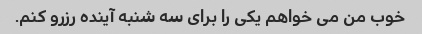
خوب من می خواهم یکی را برای سه شنبه آینده رزرو کنم.